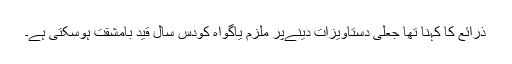
ذرائع کا کہنا تھا جعلی دستاویزات دینےپر ملزم یاگواہ کودس سال قید بامشقت ہوسکتی ہے۔